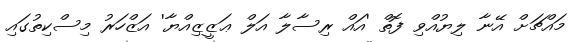
މައްޗަށް އޭނާ ލިޔުއްވި ފޮތް 'އައް ރިސާލާ އަލް ޢަޒީޒިއްޔާ' އަޒްހަރު މިސްކިތުގައި